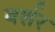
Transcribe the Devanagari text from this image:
बर्शर